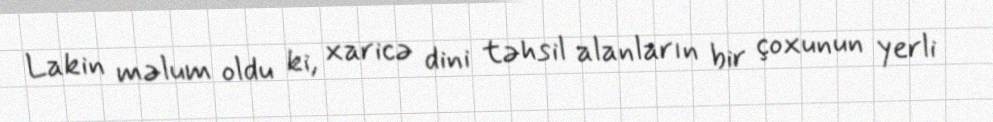
Lakin məlum oldu ki, xaricə dini təhsil alanların bir çoxunun yerli